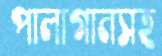
পালাগানসহ